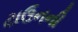
ટાઉનની